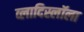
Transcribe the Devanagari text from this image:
व्लादिस्लॉला